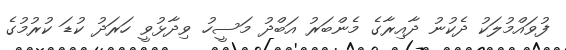
ފުވައްމުލަކު ދެކުނު ދާއިރާގެ މެންބަރު އަބްދު މަސީހު ވިދާޅުވީ ހަރަދު ކުޑަ ކުރުމުގެ